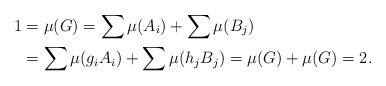
\begin{align*}1&=\mu(G)=\sum\mu(A_i)+\sum\mu(B_j)\\&=\sum\mu(g_iA_i)+\sum\mu(h_jB_j)=\mu(G)+\mu(G)=2.\end{align*}